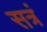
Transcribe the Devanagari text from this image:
सत्रं